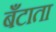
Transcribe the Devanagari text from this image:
बँटाता